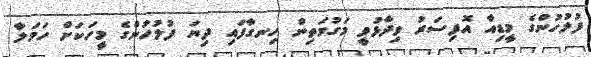
ފުލުހުންގެ މީޑިއާ އޮފިސަރު ވިދާޅުވީ މަގުމަތިން ހިނގާފައި ދިޔަ ފުލުހުންގެ މީހަކަށް ހަމަލާ